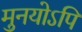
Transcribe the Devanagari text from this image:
मुनयोऽपि